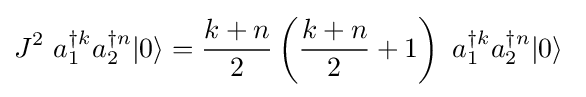
J^{2}~a_{1}^{\dagger k}a_{2}^{\dagger n}|0\rangle ={\frac {k+n}{2}}\left({\frac {k+n}{2}}+1\right)~a_{1}^{\dagger k}a_{2}^{\dagger n}|0\rangle ~